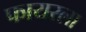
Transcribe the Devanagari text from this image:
फायरला